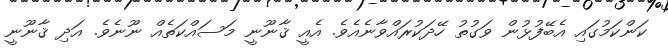
ކަންކަމުގައި އެބޭފުޅުން ވަގުތު ހޭދަކުރައްވާނެއެވެ. އެއީ ޤާނޫނީ މަސައްކަތެއް ނޫނެވެ. އަދި ޤާނޫނީ